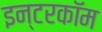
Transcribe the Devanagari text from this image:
इन्टरकॉम